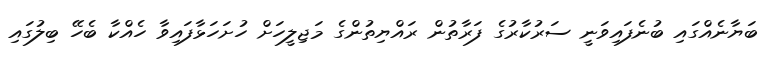
ބަޔާނެއްގައި ބުނެފައިވަނީ ސަރުކާރުގެ ފަރާތުން ރައްޔިތުންގެ މަޖިލީހަށް ހުށަހަޅާފައިވާ ހެއްކާ ބެހޭ ބިލުގައި